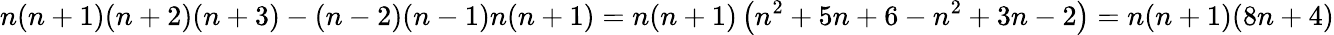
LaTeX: n(n+1)(n+2)(n+3)-(n-2)(n-1)n(n+1)=n(n+1)\left(n^{2}+5n+6-n^{2}+3n-2\right)=n(n+1)(8n+4)